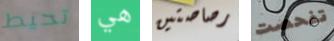
تحيط هي رصاصتين تفحصت